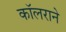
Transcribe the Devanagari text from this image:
कॉलराने